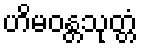
ဟိမဝန္တသုတ္တံ